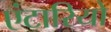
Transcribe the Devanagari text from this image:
एंटारियो